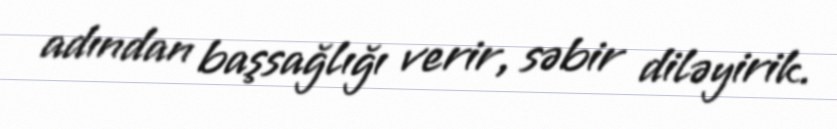
adından başsağlığı verir, səbir diləyirik.